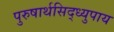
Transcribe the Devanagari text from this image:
पुरुषार्थसिद्ध्युपाय